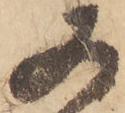
又